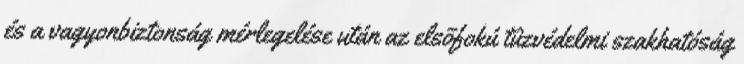
és a vagyonbiztonság mérlegelése után az elsõfokú tûzvédelmi szakhatóság